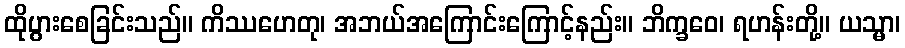
ထိုပွားစေခြင်းသည်။ ကိဿဟေတု၊ အဘယ်အကြောင်းကြောင့်နည်း။ ဘိက္ခဝေ၊ ရဟန်းတို့။ ယသ္မာ၊